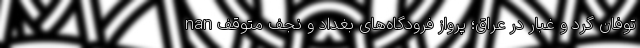
nan توفان گرد و غبار در عراق؛ پرواز فرودگاه‌های بغداد و نجف متوقف